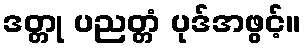
ဒတ္တု ပညတ္တံ ပုဒ်အဖွင့်။